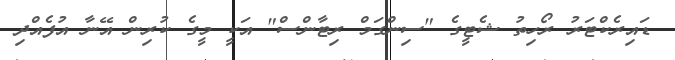
ޑައިރެކްޓަރު ރޯހިތު ޝެޓީގެ "ސިންގަމް ރިޓާންސް" އަކީ މީގެ ކުރިން އޭނާ އުފެއްދި